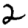
Digit: 2